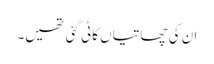
ان کی چھاتیاں کاٹی گئی تھیں۔